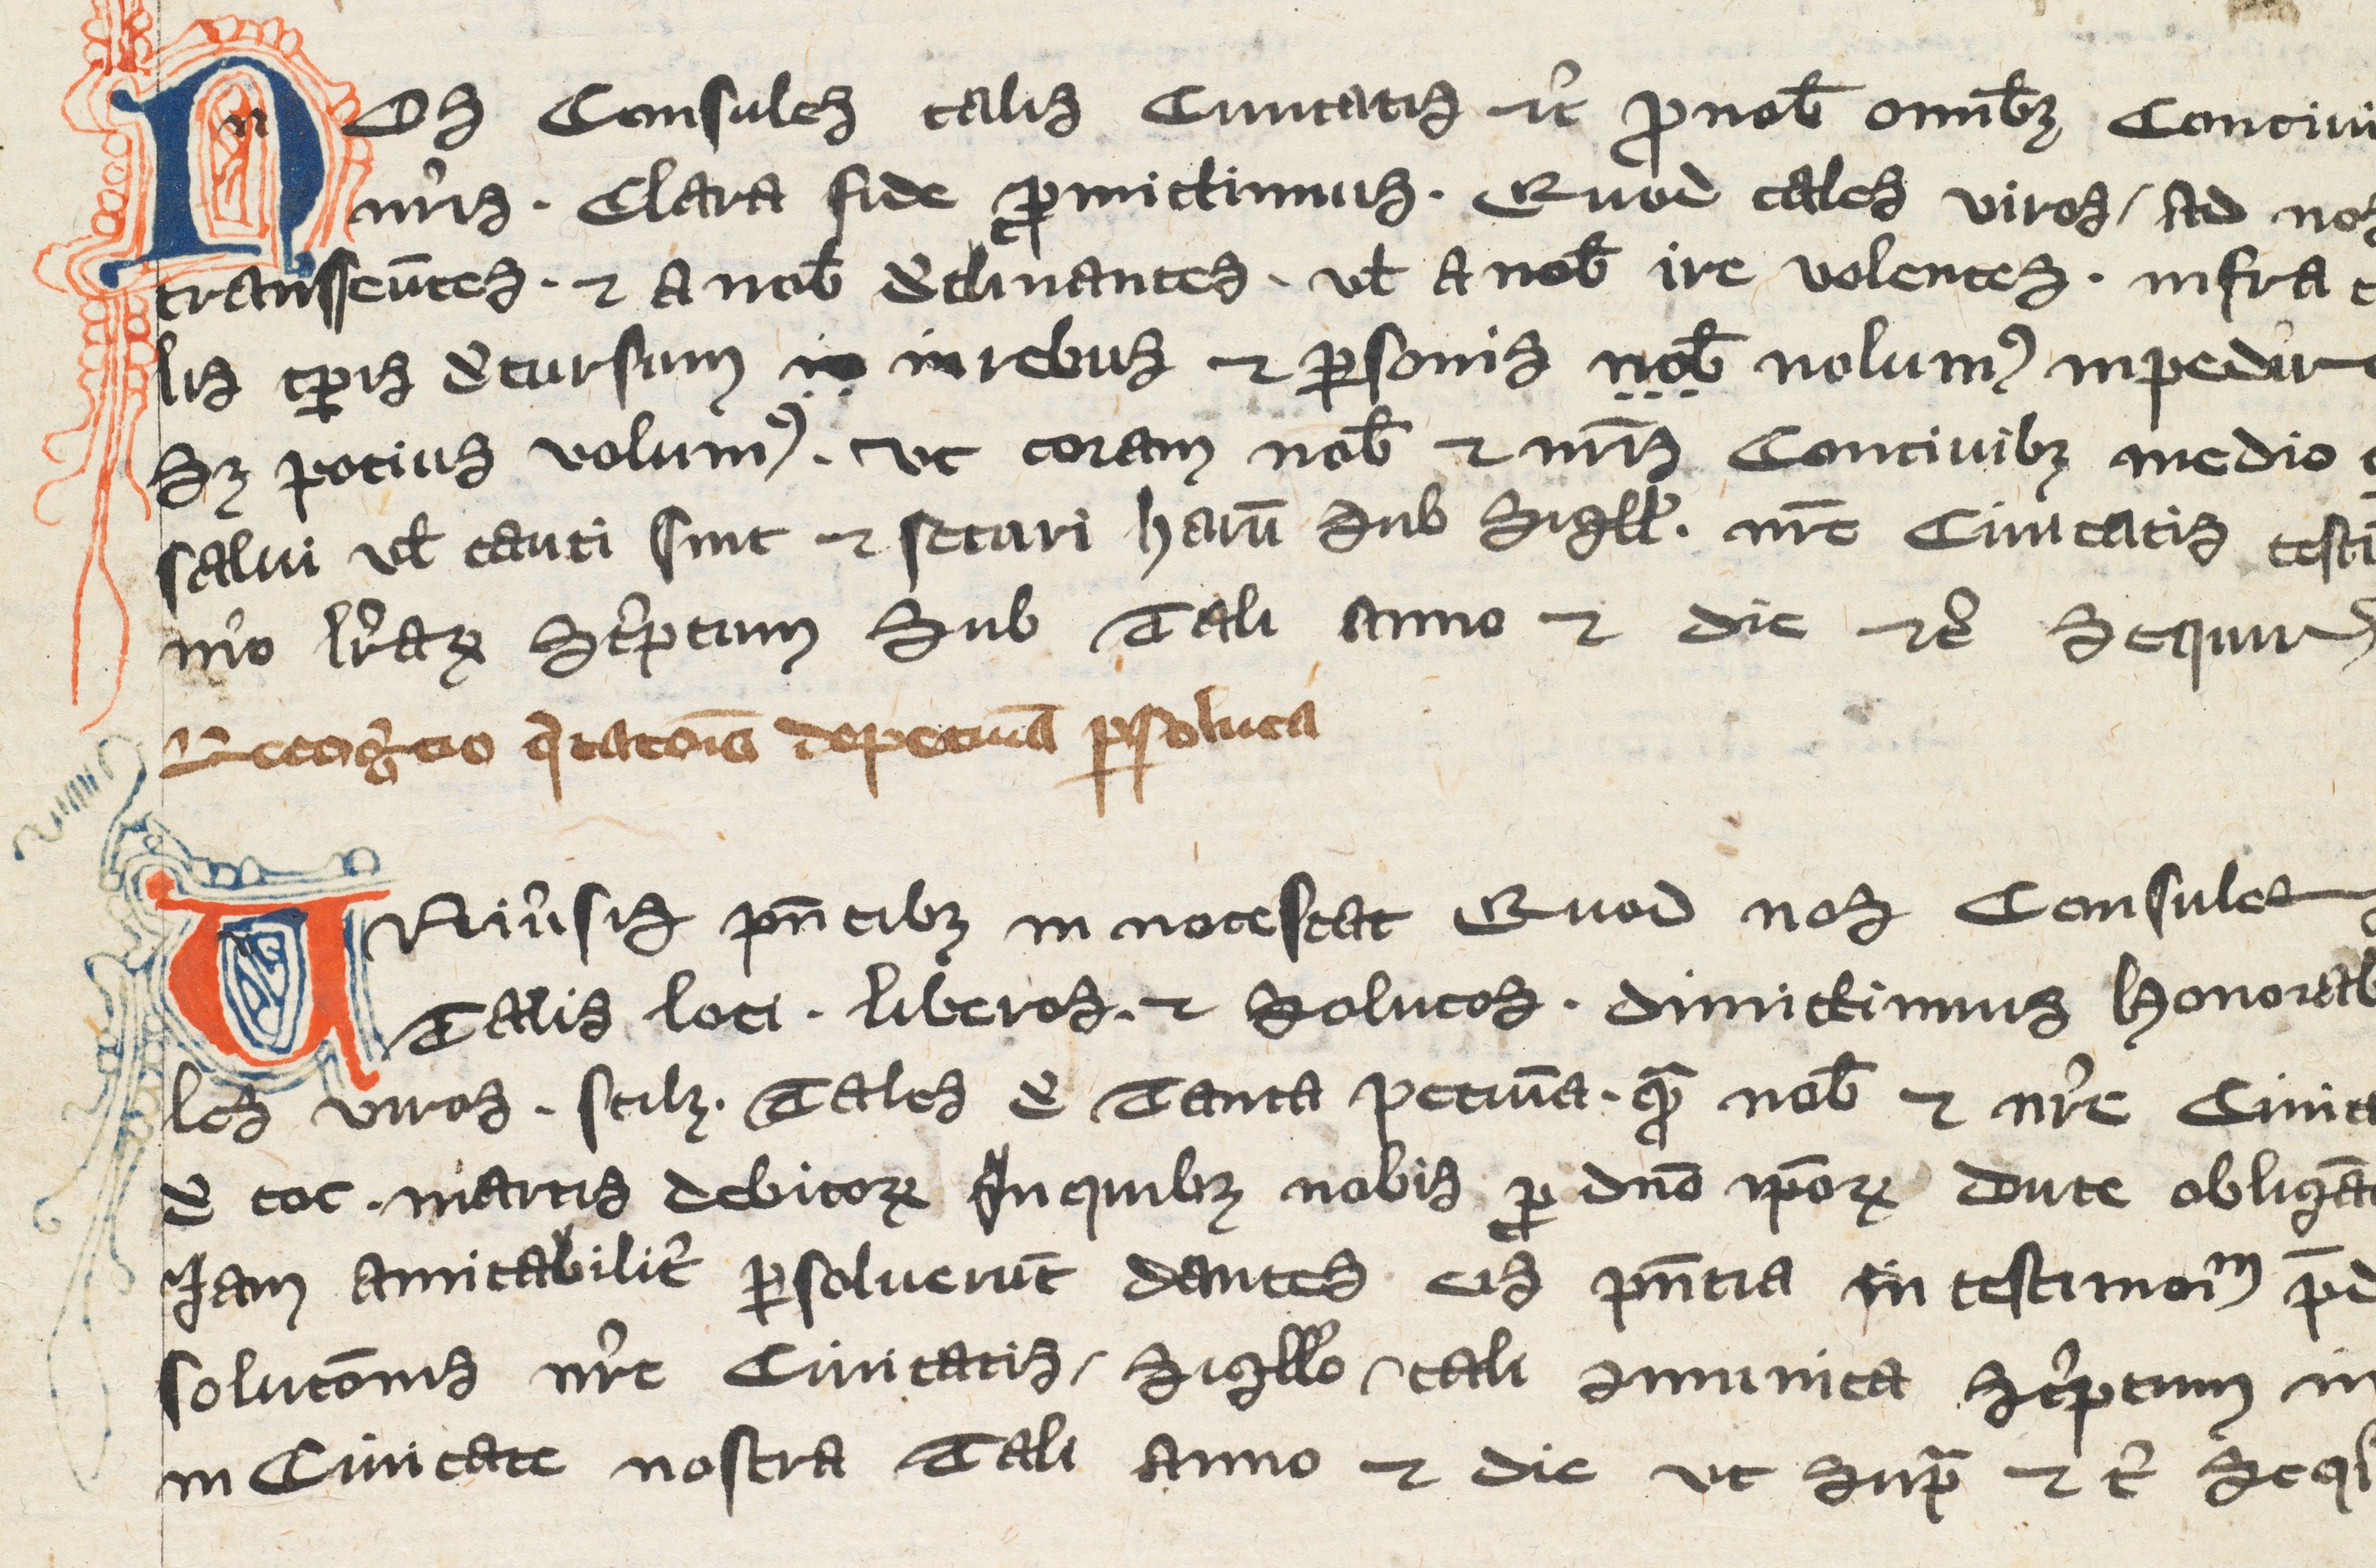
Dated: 1350–1399